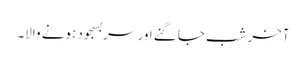
آخر شب جاگنے اور سربسجود ہونے والا۔